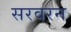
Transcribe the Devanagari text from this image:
सरवरन